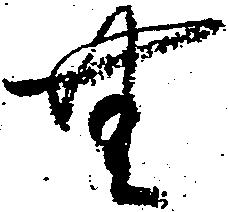
無